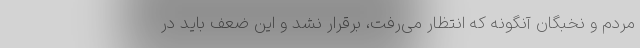
مردم و نخبگان آنگونه که انتظار می‌رفت، برقرار نشد و این ضعف باید در